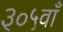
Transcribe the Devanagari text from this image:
३०५वाँ